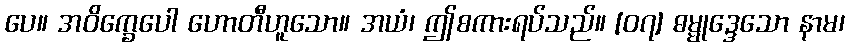
ပေ။ အဝိက္ခေပေါ ဟောတီဟူသော။ အယံ၊ ဤစကားရပ်သည်။ [၀၇] ဓမ္မုဒ္ဒေသော နာမ၊